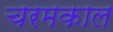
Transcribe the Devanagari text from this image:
चरमकाल